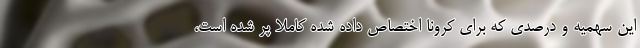
این سهمیه و درصدی که برای کرونا اختصاص داده شده کاملا پر شده است،